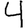
Digit: 4